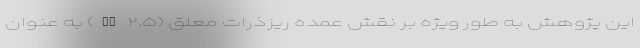
این پژوهش به طور ویژه بر نقش عمده ریزذرات معلق (PM ۲.۵) به عنوان